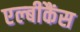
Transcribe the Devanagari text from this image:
एल्‍बीकैंस